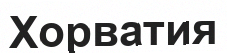
Хорватия